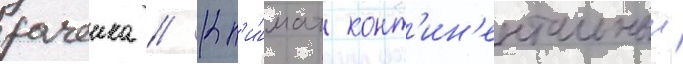
рачеика // Кл'и́мат конт'ин'ентальныи